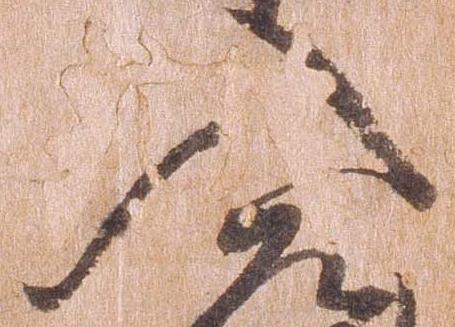
入